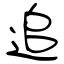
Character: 追